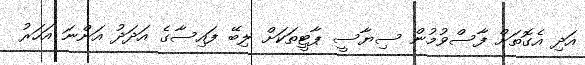
އަދި އެގޮތަށް ފާސްވުމުން ސިޔާސީ ޕާޓީތަކަށް ލިބޭ ފައިސާގެ އަދަދު އަންނަ އަހަރު